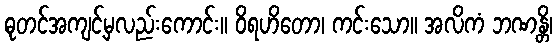
ဓုတင်အကျင့်မှလည်းကောင်း။ ဝိရဟိတော၊ ကင်းသော။ အလိကံ ဘဏန္တိ၊